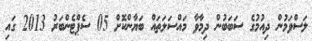
ލަސްވަމުން ދިއުމުގެ ސަބަބުން ދިމާވާ މައްސަލަތައް ބަޔާންކޮށް 05 ސެޕްޓެންބަރު 2013 ގައި